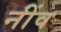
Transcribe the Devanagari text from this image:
नींंव